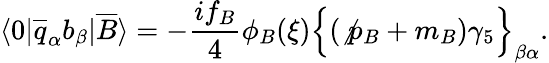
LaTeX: \langle 0|\overline{{{q}}}_{\alpha}b_{\beta}|\overline{{{B}}}\rangle=-\frac{if_{B}}{4}\phi_{B}(\xi)\Bigl\{ (\not{p}_{B}+m_{B})\gamma_{5}\Bigr\} _{\beta\alpha}.